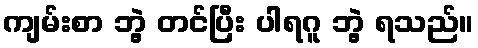
ကျမ်းစာ ဘွဲ့ တင်ပြီး ပါရဂူ ဘွဲ့ ရသည်။